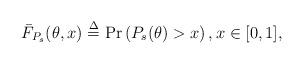
LaTeX: \begin{align*}\bar{F}_{P_s}(\theta,x)\overset{\Delta}{=}\Pr\left(P_s(\theta)>x\right), x\in[0,1],\end{align*}